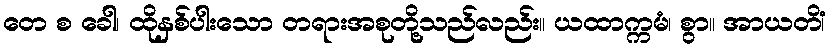
တေ စ ခေါ၊ ထိုနှစ်ပါးသော တရားအစုတို့သည်လည်း။ ယထာက္ကမံ၊ စွာ။ အာယတိံ၊